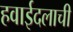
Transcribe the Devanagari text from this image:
हवाईदलाची